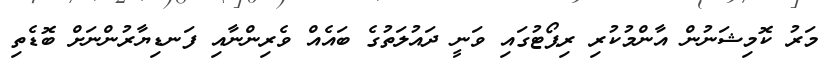
މަރު ކޮމިޝަނުން އާންމުކުރި ރިޕޯޓުގައި ވަނީ ދައުލަތުގެ ބައެއް ވެރިންނާއި ފަނޑިޔާރުންނަށް ބޮޑެތި